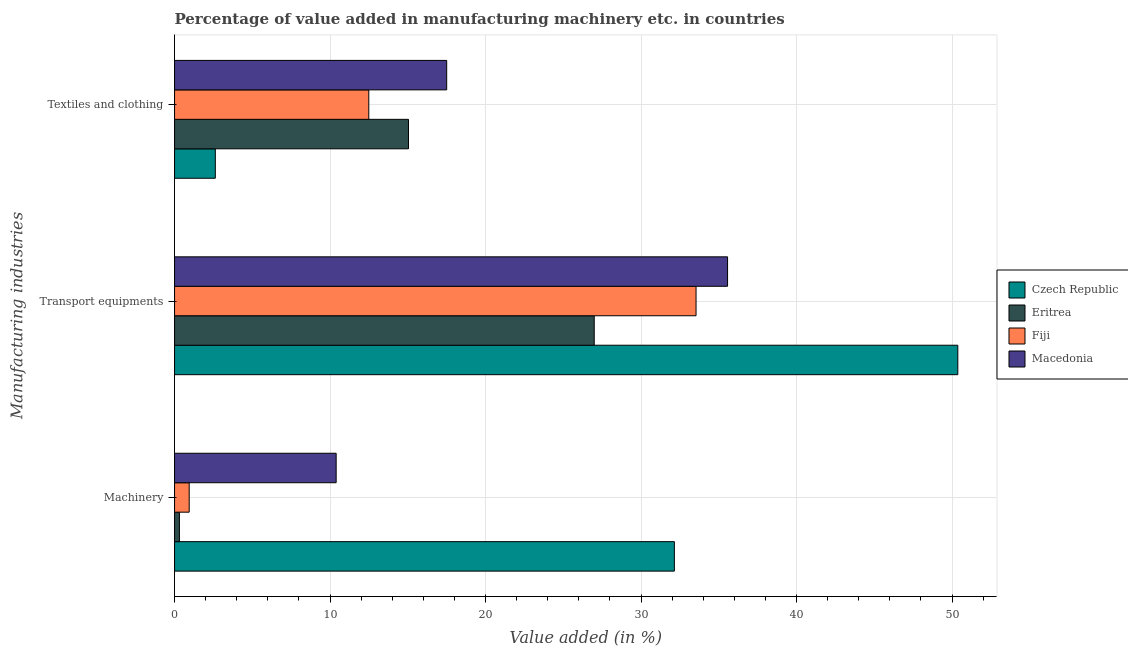
| Manufacturing industries | Czech Republic | Eritrea | Fiji | Macedonia |
 | --- | --- | --- | --- | --- |
 | Machinery | 32.1 | 0.313 | 0.941 | 10.4 |
 | Transport equipments | 50.4 | 27 | 33.5 | 35.6 |
 | Textiles and clothing | 2.62 | 15 | 12.5 | 17.5 |